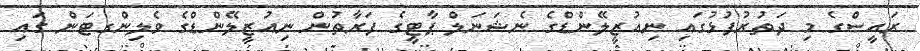
ރައީސްގެ މި ދަތުރުފުޅުގައި ނިއުޒީލޭންޑްގެ ނެޝަނަލް ޕާޓީގެ ފަރާތުން ނިއުޒީލޭންޑްގެ ވެލިންގޓަން ގައި